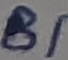
Text: B1